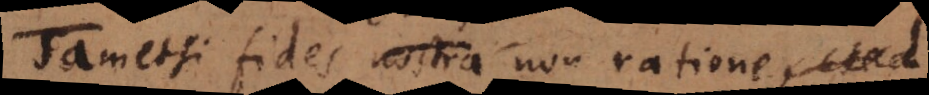
Tametsi fides nostra non ratione, sed